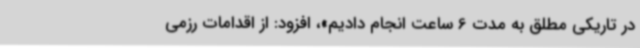
در تاریکی مطلق به مدت 6 ساعت انجام دادیم»، افزود: از اقدامات رزمی